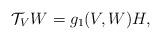
LaTeX: \begin{align*}\mathcal{T}_{V}W=g_1(V,W)H, \end{align*}